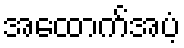
အထောက်အပံ့